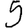
Digit: 5